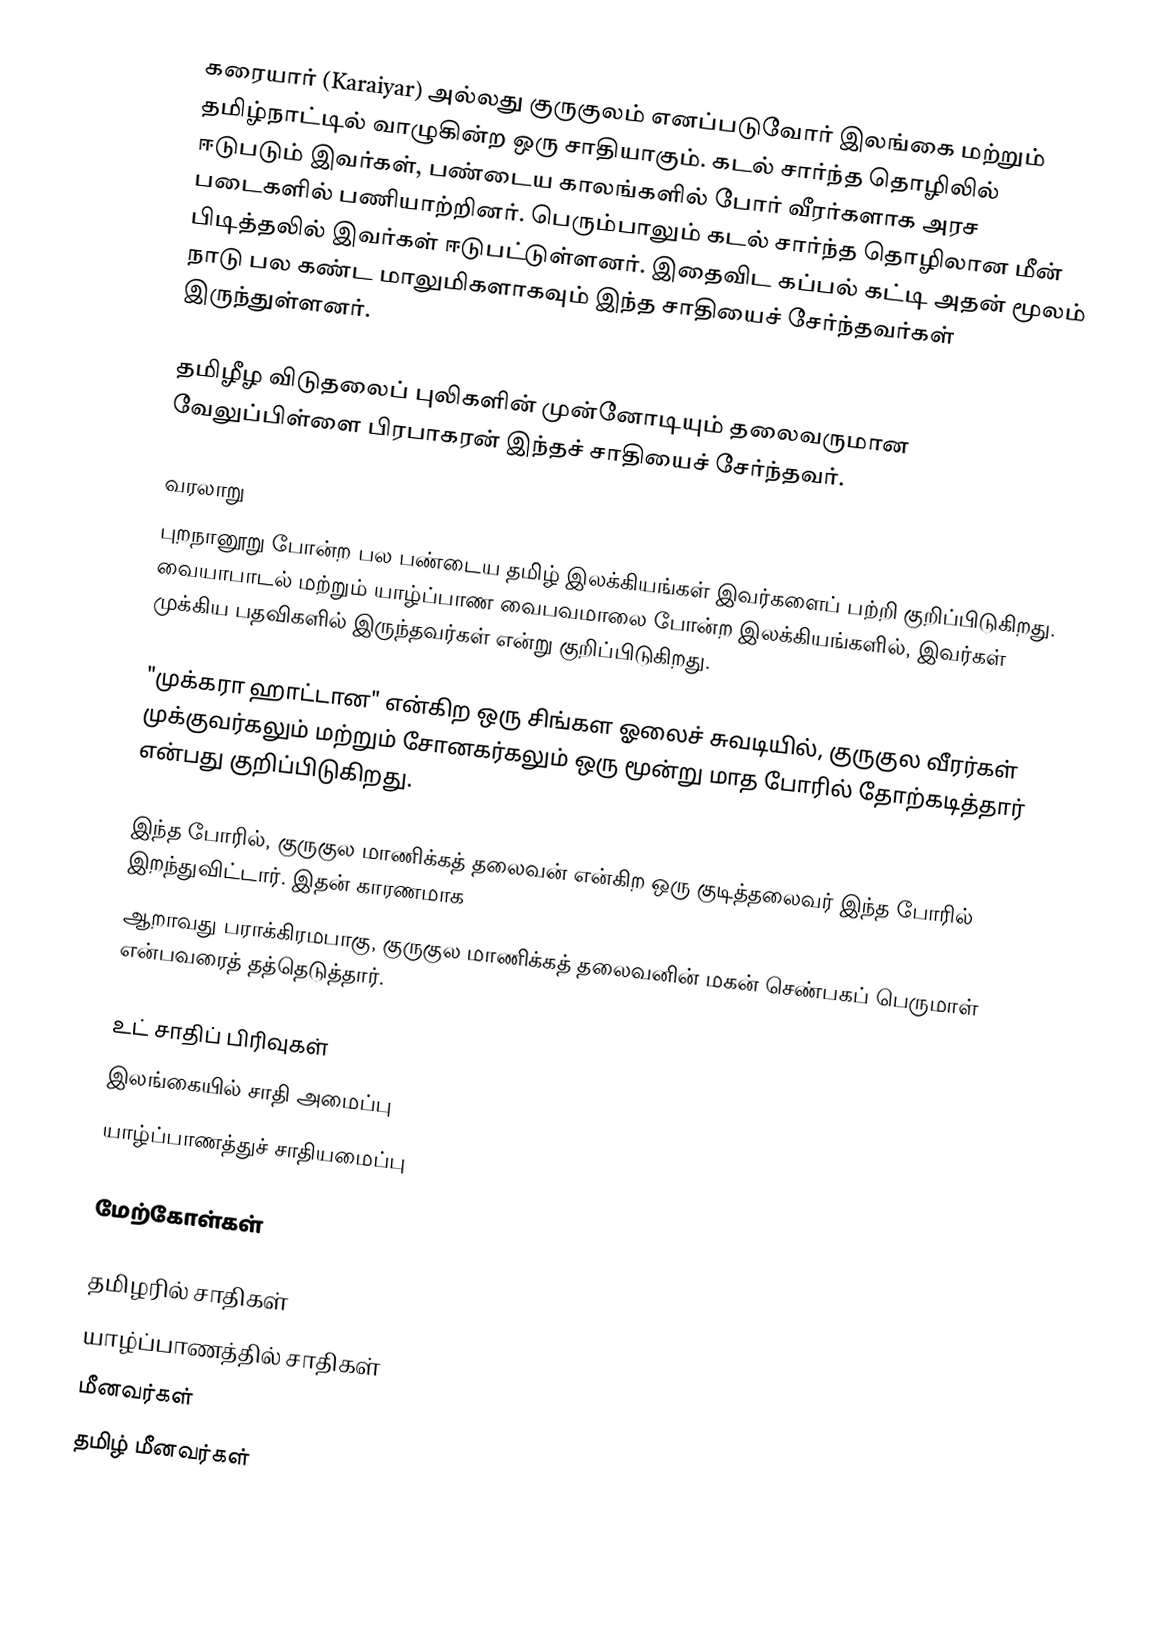
கரையார் (Karaiyar) அல்லது குருகுலம் எனப்படுவோர் இலங்கை மற்றும் தமிழ்நாட்டில் வாழுகின்ற ஒரு சாதியாகும். கடல் சார்ந்த தொழிலில் ஈடுபடும் இவர்கள், பண்டைய காலங்களில் போர் வீரர்களாக அரச படைகளில் பணியாற்றினர். பெரும்பாலும் கடல் சார்ந்த தொழிலான மீன் பிடித்தலில் இவர்கள் ஈடுபட்டுள்ளனர். இதைவிட கப்பல் கட்டி அதன் மூலம் நாடு பல கண்ட மாலுமிகளாகவும் இந்த சாதியைச் சேர்ந்தவர்கள் இருந்துள்ளனர்.

தமிழீழ விடுதலைப் புலிகளின் முன்னோடியும் தலைவருமான வேலுப்பிள்ளை பிரபாகரன் இந்தச் சாதியைச் சேர்ந்தவர்.

வரலாறு
புறநானூறு போன்ற பல பண்டைய தமிழ் இலக்கியங்கள் இவர்களைப் பற்றி குறிப்பிடுகிறது. வையாபாடல் மற்றும் யாழ்ப்பாண வைபவமாலை போன்ற இலக்கியங்களில், இவர்கள் முக்கிய பதவிகளில் இருந்தவர்கள் என்று குறிப்பிடுகிறது.

"முக்கரா ஹாட்டான" என்கிற ஒரு சிங்கள ஓலைச் சுவடியில், குருகுல வீரர்கள் முக்குவர்கலும் மற்றும் சோனகர்கலும் ஒரு மூன்று மாத போரில் தோற்கடித்தார் என்பது குறிப்பிடுகிறது.

இந்த போரில், குருகுல மாணிக்கத் தலைவன் என்கிற ஒரு குடித்தலைவர் இந்த போரில் இறந்துவிட்டார். இதன் காரணமாக
ஆறாவது பராக்கிரமபாகு, குருகுல மாணிக்கத் தலைவனின் மகன் செண்பகப் பெருமாள் என்பவரைத் தத்தெடுத்தார்.

உட் சாதிப் பிரிவுகள்
இலங்கையில் சாதி அமைப்பு
யாழ்ப்பாணத்துச் சாதியமைப்பு

மேற்கோள்கள்

தமிழரில் சாதிகள்
யாழ்ப்பாணத்தில் சாதிகள்
மீனவர்கள்
தமிழ் மீனவர்கள்